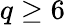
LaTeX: q\geq 6